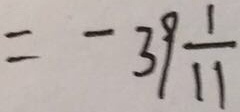
= - 3 9 \frac { 1 } { 1 1 }